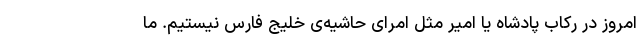
امروز در رکاب پادشاه یا امیر مثل امرای حاشیه‌ی خلیج فارس نیستیم. ما